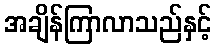
အချိန်ကြာလာသည်နှင့်